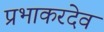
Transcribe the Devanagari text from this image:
प्रभाकरदेव